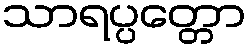
သာရပ္ပတ္တော